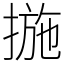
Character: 揓